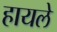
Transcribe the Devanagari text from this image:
हायले